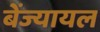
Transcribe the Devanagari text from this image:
बेंज्यायल